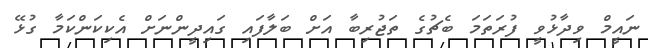
ނައީމް ވިދާޅުވީ ފުރަތަމަ ބެޗުގެ ތަޖުރިބާ އަށް ބަލާފައި ގައިދީންނަށް އެކިކަންކަމާ ގުޅޭ